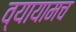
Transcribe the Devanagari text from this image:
व्यायामच